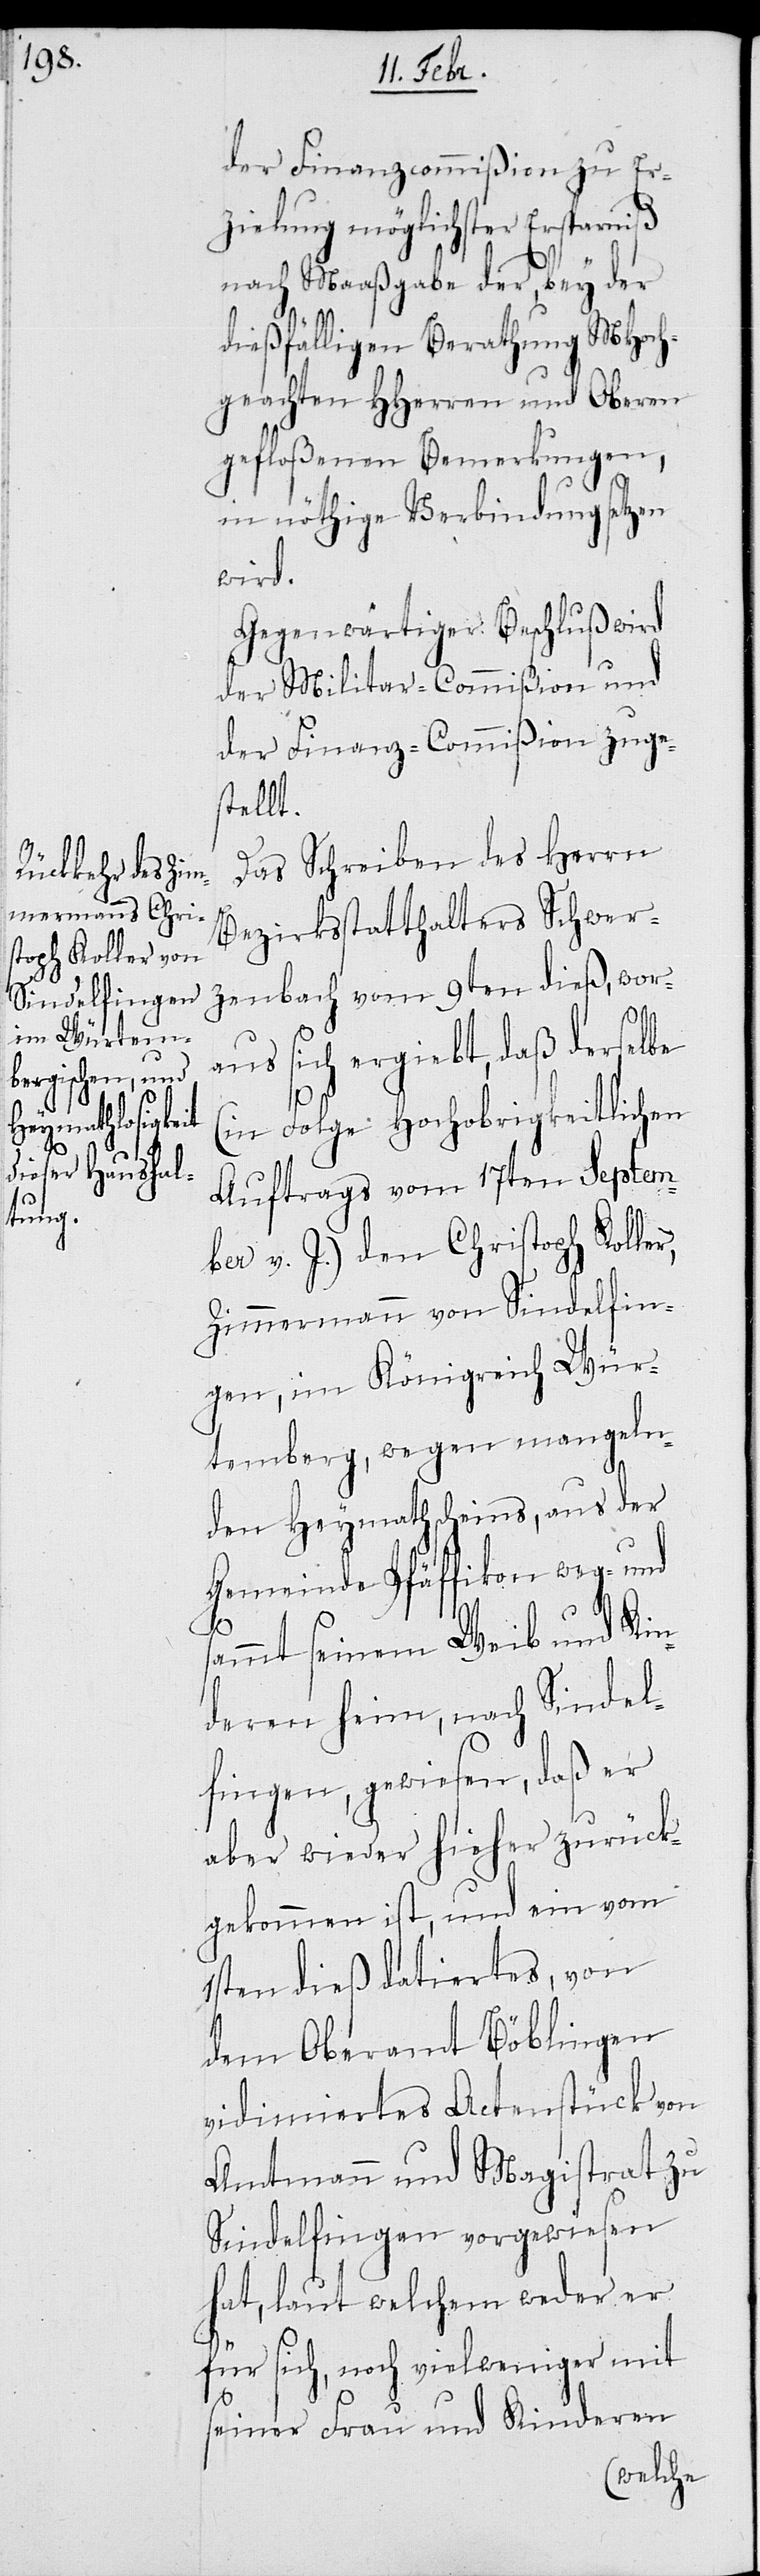
der Finanzcommißion zu Er¬
zielung möglichster Ersparniß
nach Maaßgabe der, bey der
dießfälligen Berathung MHoch¬
geachten HHerren und Oberen
gefloßenen Bemerkungen,
in nöthige Verbindung setzen
wird.
Gegenwärtiger Beschluß wird
der Militar-Commißion und
der Finanz-Commißion zuge¬
stellt.
Das Schreiben des Herrn
Bezirksstatthalters Schwer¬
zenbach vom 9ten dieß, wor¬
aus sich ergiebt, daß derselbe
(in Folge Hochobrigkeitlichen
Auftrags vom 17ten Septem¬
ber v. J.) den Christoph Kolle¬
Zimmermann von Sindelfin¬
gen, im Königreich Wür¬
temberg, wegen mangeln¬
den Heymathscheins, aus der
Gemeinde Pfäffikon weg- und
r,
sammt seinem Weib und Kin¬
deren heim, nach Sindel¬
fingen, gewiesen, daß er
aber wieder hieher zurück¬
gekommen ist, und ein vom
1sten dieß datiertes, von
dem Oberamt Böblingen
vidimiertes Actenstück von
Amtmann und Magistrat zu
Sindelfingen vorgewiesen
hat, laut welchem weder er
für sich, noch vielweniger mit
seiner Frau und Kindern